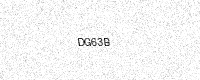
Text: DG63B